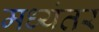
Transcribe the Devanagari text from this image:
मध्‍यंतर